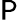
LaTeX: \mathsf{P}